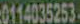
0114035253-